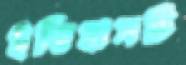
ইতিহাসটি